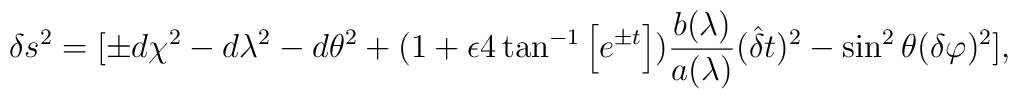
\delta s^{2} = [\pm d\chi ^{2}-d\lambda ^{2}-d\theta ^{2}+(1 + \epsilon 4 \tan ^{-1} \left[e ^{\pm t}\right])\frac{b (\lambda)}{a(\lambda )}(\hat{{\delta }}t)^{2} - \sin ^2 \theta(\delta \varphi)^{2}],